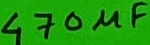
Text: 470µF